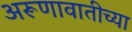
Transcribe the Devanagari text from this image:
अरूणावातीच्या